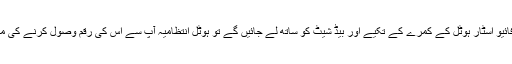
اگر آپ فائیو اسٹار ہوٹل کے کمرے کے تکیے اور بیڈ شیٹ کو ساتھ لے جائیں گے تو ہوٹل انتظامیہ آپ سے اس کی رقم وصول کرنے کی مجاذ ہے۔